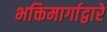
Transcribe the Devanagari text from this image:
भक्तिमार्गाद्वारे